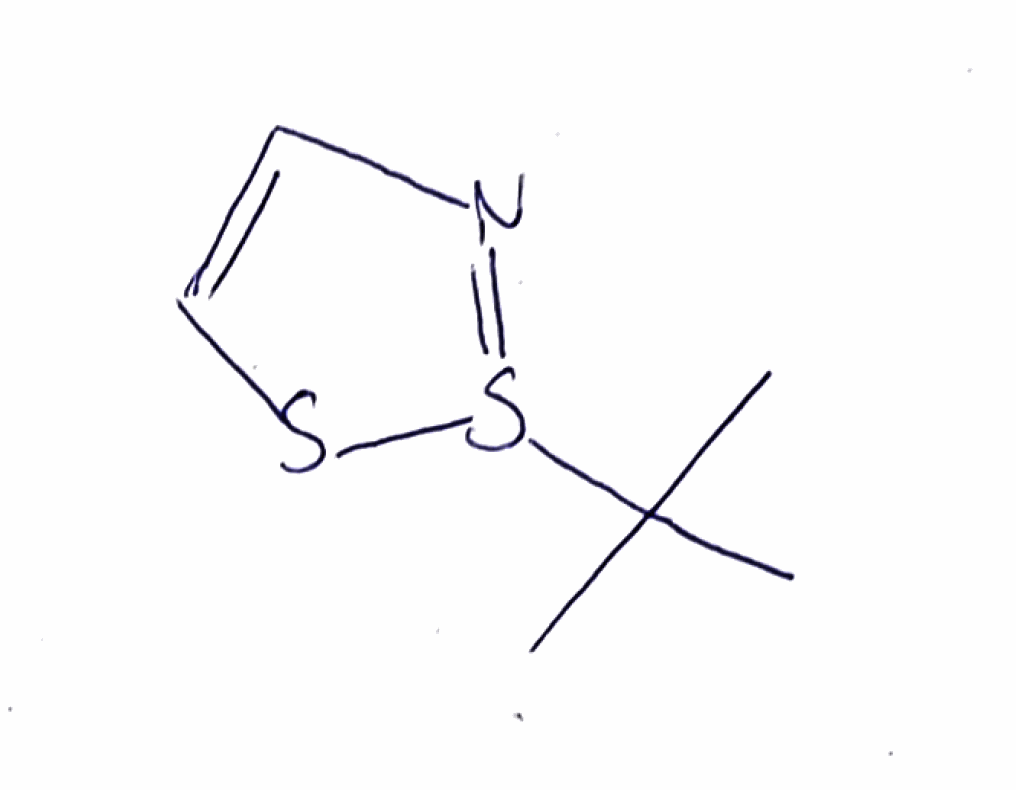
Simplified molecular-input line-entry system (SMILES) notation of the given molecule:
CC(C)(C)S1=NC=CS1